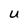
Character: U